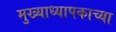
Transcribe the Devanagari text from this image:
मुख्याध्यापकाच्या